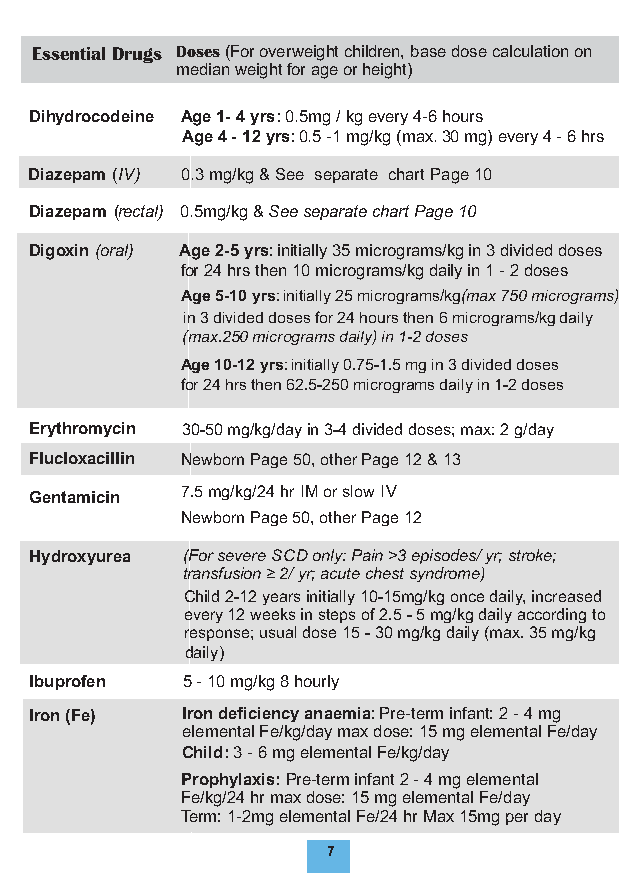
Essential Drugs Doses (For overweight children, base dose calculation on
 medianweight for age or height)
 Dihydrocodeine Age 1- 4 y r s : 0.5mg / kg every 4-6 hours
 Age 4 - 12 yrs: 0.5 -1 mg/kg (max. 30 mg) every 4 - 6 hrs
 Diazepam (IV) 0.3 mg/kg & See separate chart Page 10
 Diazepam (rectal) 0.5mg/kg & See separate chart Page 10
 Digoxin (oral) Age 2-5 yrs: initially 35 micrograms/kg in 3 divided doses
 for 24 hrs then 10 micrograms/kg daily in 1 - 2 doses
 Age 5-10 yrs: initially 25 micrograms/kg ( m ax 750 micrograms)
 in 3 divided doses for 24 hours then 6 micrograms/kg daily
 (max. 250 micrograms daily) in 1-2 doses
 Age 10-12 yrs: initially 0.75-1.5 mg in 3 divided doses
 for 24 hrs then 62.5-250 micrograms daily in 1-2 doses
 Erythromycin 30-50 mg/kg/day in 3-4 divided doses; max: 2 g/day
 Flucloxacillin Newborn Page 50, other Page 12 & 13
 Gentamicin 7.5 mg/kg/24 hr IM or slow IV
 Newborn Page 50, other Page 12
 Hydroxyurea (For severe SCD only: Pain >3 episodes/ yr; stroke;
 transfusion ≥ 2/ yr; acute chest syndrome)
 Child 2-12 years initially 10-15mg/kg once da ily, increased
 every 12 weeks in steps of 2.5 - 5 mg/kg daily according to
 response; usual dose 15 - 30 mg/kg daily (max. 35 mg/kg
 daily)
 Ibuprofen 5 - 10 mg/kg 8 hourly
 Iron (Fe) Iron deficiency anaemia: Pre-term infant: 2 - 4 mg
 elemental Fe/kg/day max dose: 15 mg elemental Fe/day
 Child: 3 - 6 mg elemental Fe/kg/day
 Prophylaxis: Pre-term infant 2 - 4 mg elemental
 Fe/kg/24 hr max dose: 15 mg elemental Fe/day
 Term: 1-2mg elemental Fe/24 hr Max 15mg per day
 7